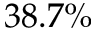
3 8 . 7 \%